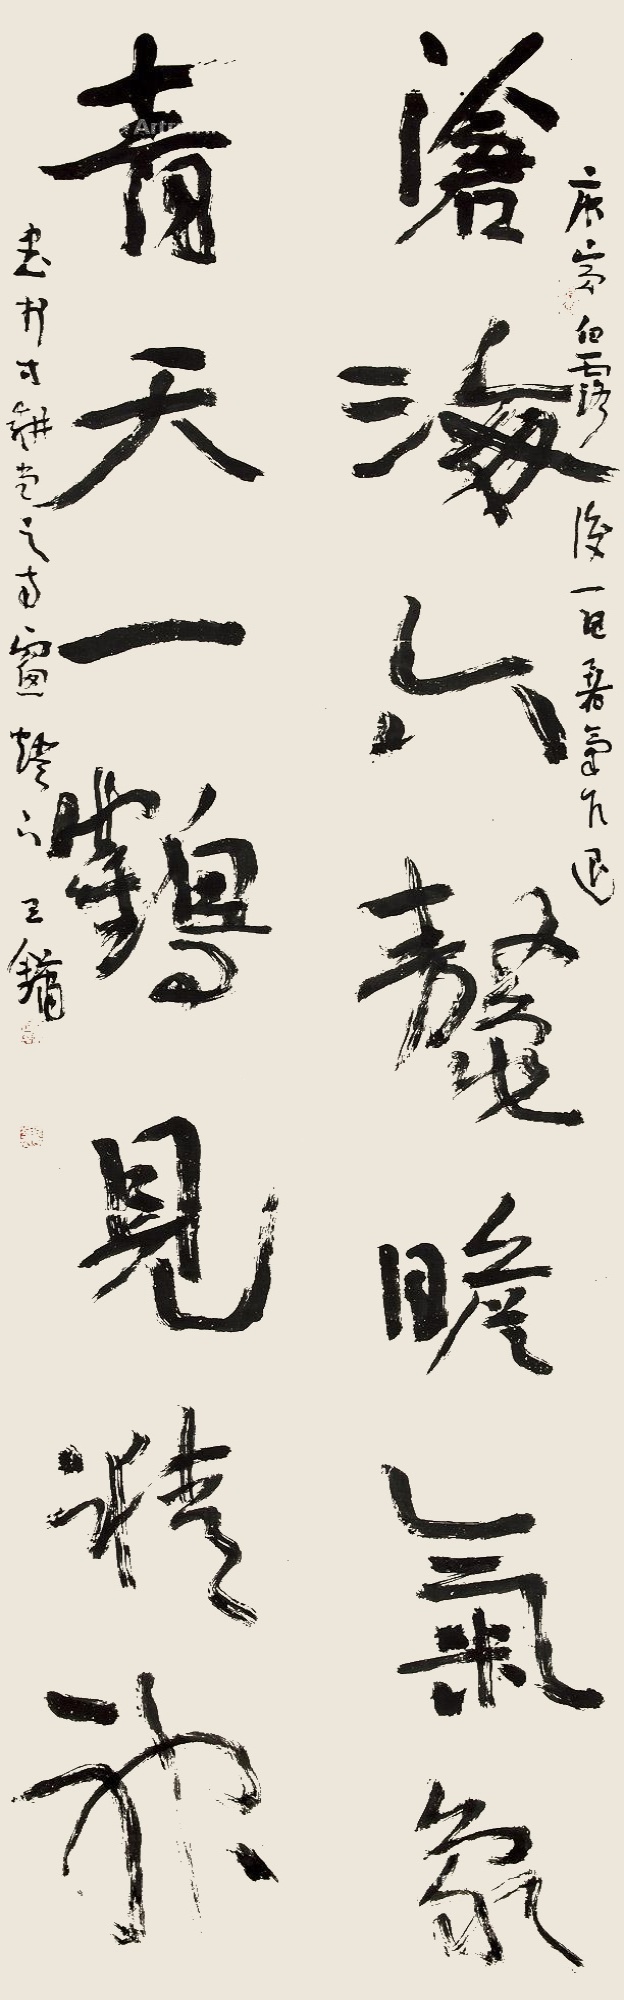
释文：沧海六鳌瞻气象，青天一鹤见精神。庚寅白露后一日，暑气乍退，书于寸耕堂之雨窗灯下，王镛。